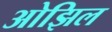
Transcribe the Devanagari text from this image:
ओझिल